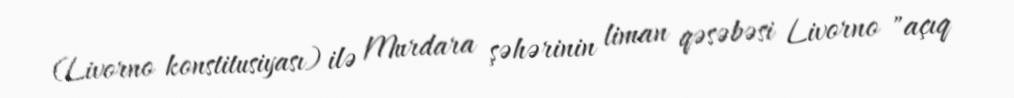
(Livorno konstitusiyası) ilə Murdara şəhərinin liman qəsəbəsi Livorno "açıq